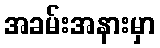
အခမ်းအနားမှာ